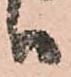
ハ